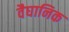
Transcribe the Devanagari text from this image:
वैघानिक